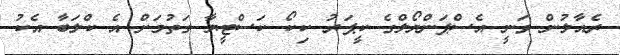
ރެއާލުން ވަނީ އެސްޕަންޔޯލްގެ ކީޕަރު ކިކޯ ކަސްޓީޔާ ގަތުމަށް އެ ކްލަބާ އެކު